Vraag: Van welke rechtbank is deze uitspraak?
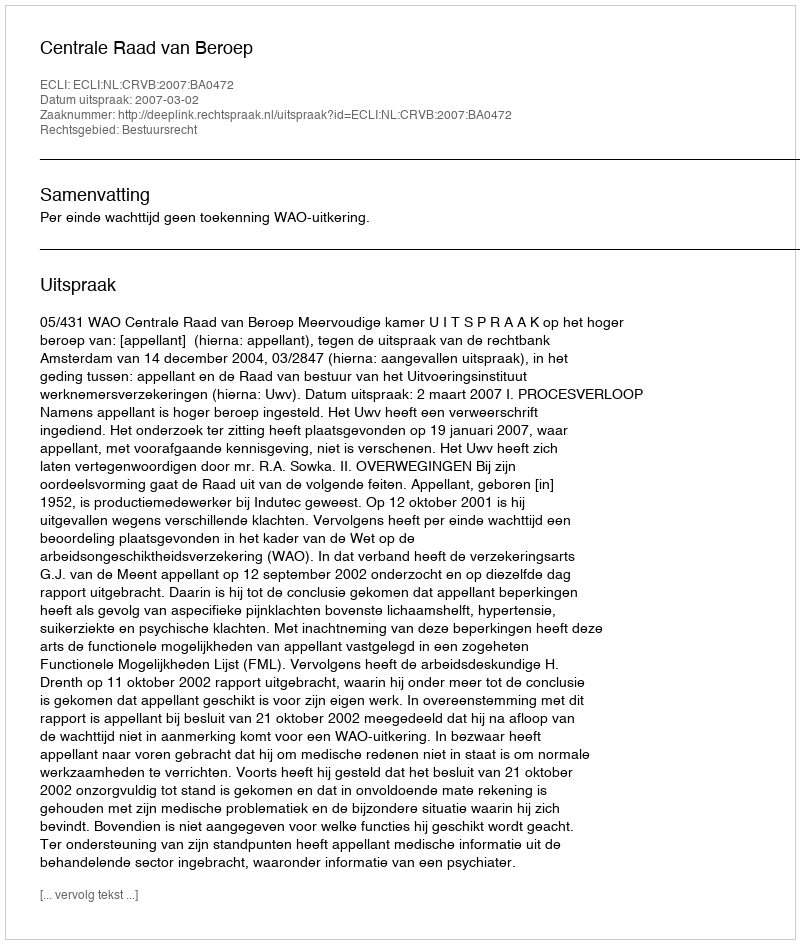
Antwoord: Centrale Raad van Beroep